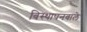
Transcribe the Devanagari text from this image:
विस्थापनवाले